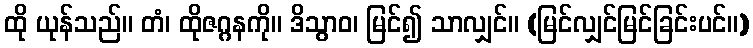
ထို ယုန်သည်။ တံ၊ ထိုဇဂ္ဂနကို။ ဒိသွာဝ၊ မြင်၍ သာလျှင်။ (မြင်လျှင်မြင်ခြင်းပင်။)